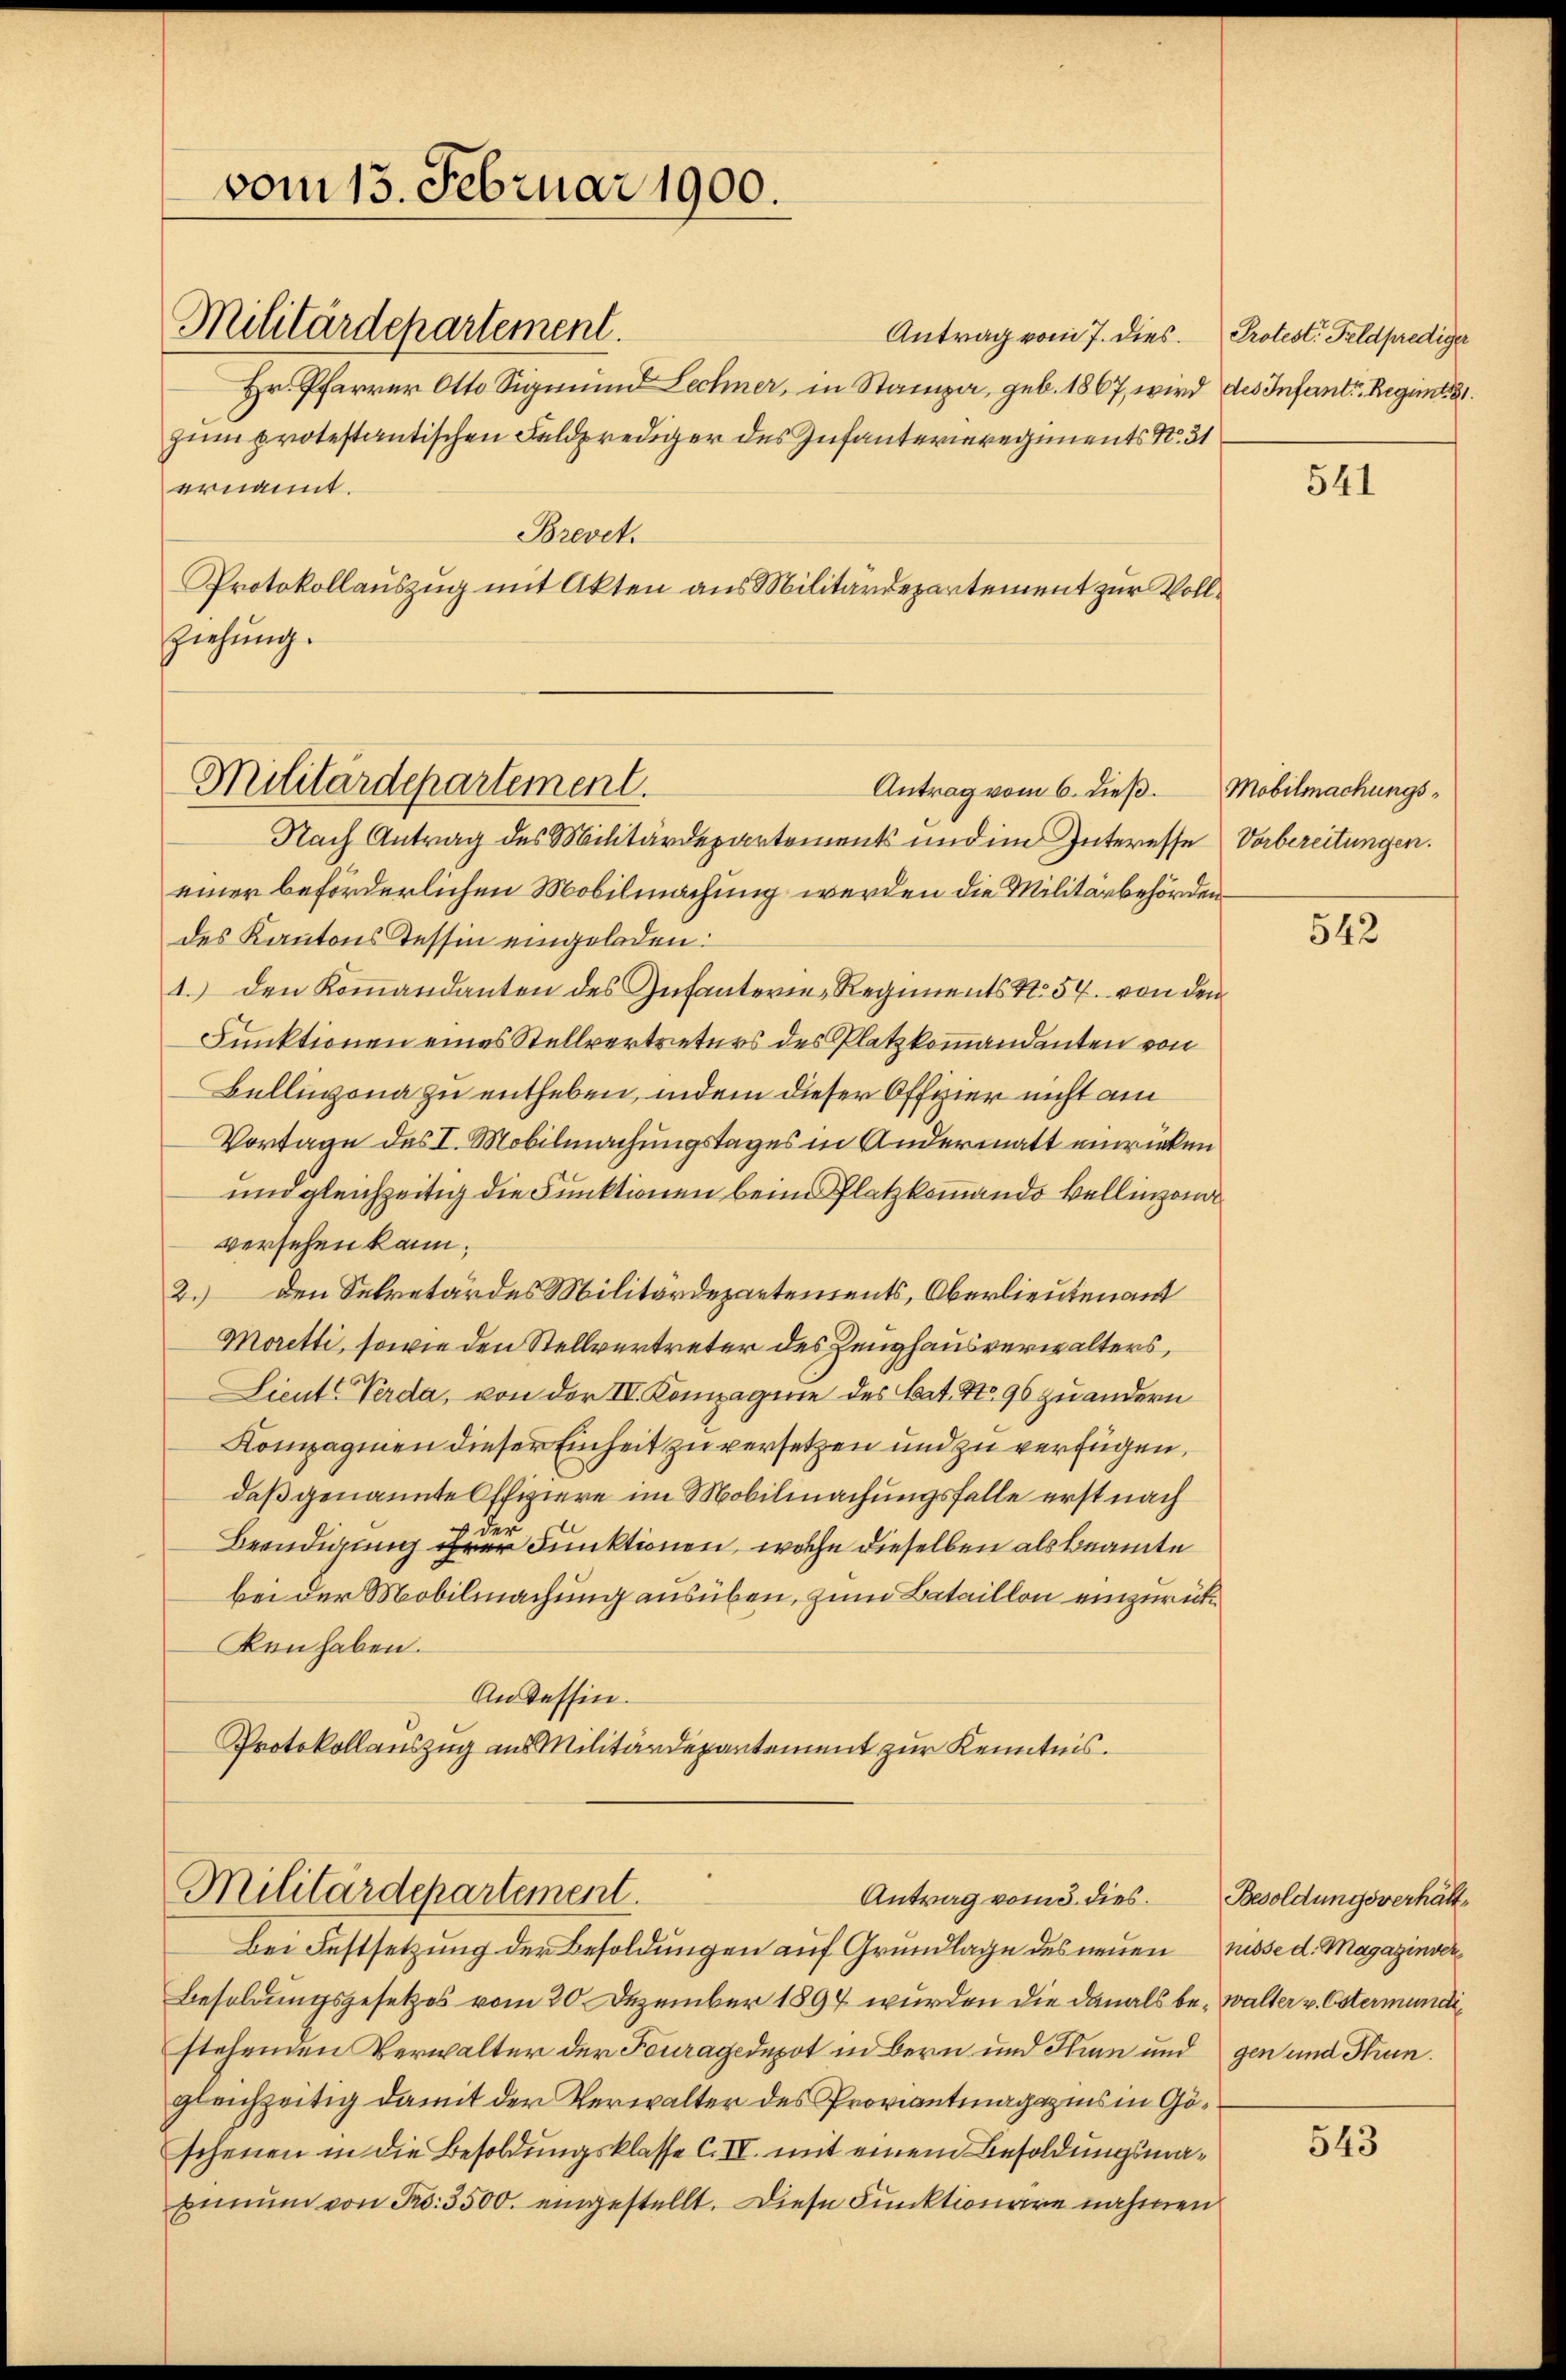
vom 13. Februar 1900.

Militärdepartement.

Militärdepartement.
Hr. Pfarrer Otto Sigmund Lechner, in Stanza, geb. 1867, wird des Infant. Regimt, 21.
zum protestantischen Feldprediger des Infanterieregiments No. 31
ernannt.
Brevet.
Protokollauszug mit Akten aus Militärdepartement zur Vollziehung.

Antrag vom 7. dies.

Militärdepartement.
Antrag vom 5. dies

Antrag vom 6. dieß.
Nach Antrag des Militärdepartements und im Interesse Vorbereitungen.
einer beförderlichen Mobilmachung werden die Militärbehördendes Kantons Tessin eingeladen.
1.) den Kommandanten des Infanterie, Regiments N. 54. von dem
Funktionen eines Stellvertreters des Platzkommandanten von
Bellinzona zu entheben, indem dieser Offzier nicht am
Vortage des I. Mobilmachungstages in Andermatt einrücken
und gleichzeitig die Funktionen beim Platzkommando bellinzona
versehen kann.
2.) Den Sekretär des Militärdepartements, Oberlieutenant
Moretti, sowie den Stellvertreter des Zeughausverwalters,
Sieute Verda, von der IV. Kompagnie des Bat. No. 96 zu andern
Kompagnien dieser Einheit zu versetzen und zu verfügen,
daß genannte Offiziere im Mobilmachungsfalle erst nach
 der
Beendigung ihrer Funktionen, welche dieselben als Beamte
bei der Mobilmachung ausüben, zum Bataillon einzurückken haben.
An dessin.
Protokollauszug aus Militärdepantement zur Kenntnis.

Bei Festsetzung der Besoldungen auf Grundlage des neuen nisse d. Magazinver¬
Besoldungsgesetzes vom 20. Dezember 1894 wurden die damals be- Walter v. Ostermundistehenden Verwalter der Fourage depot in Bern und Hin und gen und Strungleichzeitig damit der Verwalter des Proviantmagazins in Göschenen in die Besoldungsklasse C. II. mit einem Besoldungsmabnnum von Fr. 3500. eingestellt. Diese Punktionare nahmen

Protest. Feldprediger

541

Mobilmachungs¬

542

Besoldungsverhält¬

543